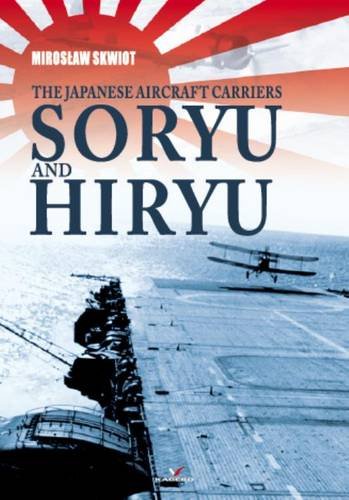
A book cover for The Japanese Aircraft Carriers Soryu and Hiryu (Hard Cover Series No 2); Miroslaw Skwiot; Crafts, Hobbies & Home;